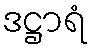
ဒဋ္ဌာရံ